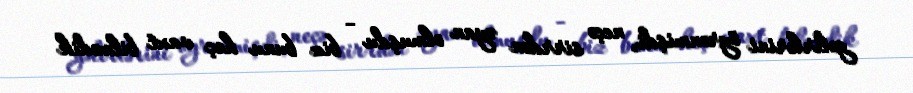
gəlirlərini öyrənmişdi, neçə sirrdən əyan olmuşdu - biz bunu heç vaxt bilmədik